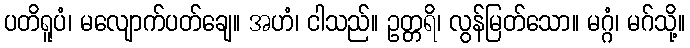
ပတိရူပံ၊ မလျောက်ပတ်ချေ။ အဟံ၊ ငါသည်။ ဥတ္တရိ၊ လွန်မြတ်သော။ မဂ္ဂံ၊ မဂ်သို့။